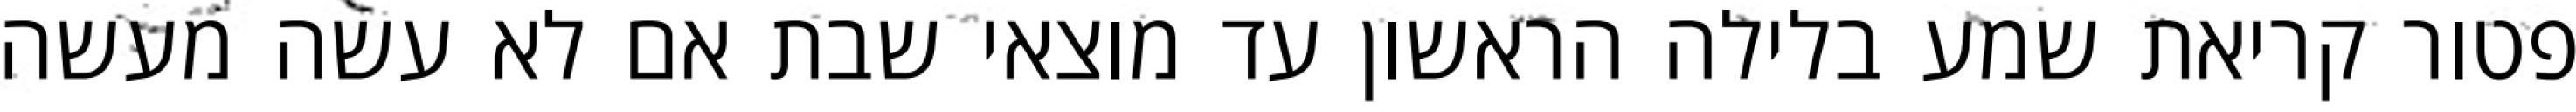
פטור קריאת שמע בלילה הראשון עד מוצאי שבת אם לא עשה מעשה